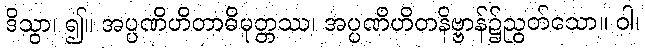
ဒိသွာ၊ ၍။ အပ္ပဏိဟိတာဓိမုတ္တဿ၊ အပ္ပဏိဟိတနိဗ္ဗာန်၌ညွတ်သော။ ဝါ၊